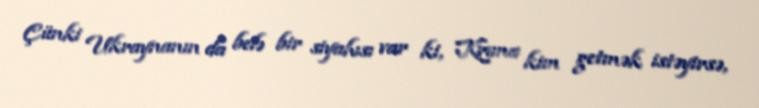
Çünki Ukraynanın da belə bir siyahısı var ki, Krıma kim getmək istəyirsə,